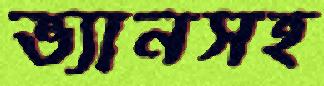
ভ্যানসহ